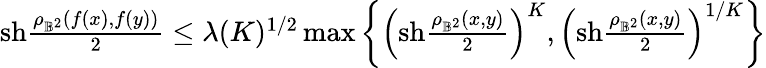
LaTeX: \begin{array}{r}{\mathrm{sh}\frac{\rho_{\mathbb{B}^{2}}(f(x),f(y))}{2}\leq\lambda(K)^{1/2}\operatorname*{max}\left\{ \left(\mathrm{sh}\frac{\rho_{\mathbb{B}^{2}}(x,y)}{2}\right)^{K},\left(\mathrm{sh}\frac{\rho_{\mathbb{B}^{2}}(x,y)}{2}\right)^{1/K}\right\} }\end{array}